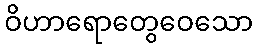
ဝိဟာရောတွေဝေသော